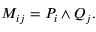
M _ { i j } = P _ { i } \land Q _ { j } .